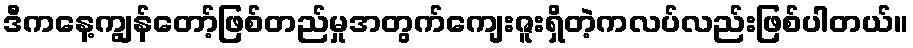
ဒီကနေ့ကျွန်တော့်ဖြစ်တည်မှုအတွက်ကျေးဇူးရှိတဲ့ကလပ်လည်းဖြစ်ပါတယ်။